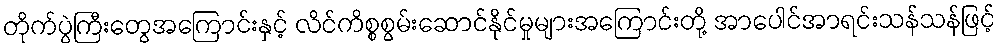
တိုက်ပွဲကြီးတွေအကြောင်းနှင့် လိင်ကိစ္စစွမ်းဆောင်နိုင်မှုများအကြောင်းတို့ အာပေါင်အာရင်းသန်သန်ဖြင့်